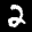
Label: 2